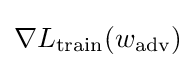
\nabla L_{\text{train}}(w_{\text{adv}})